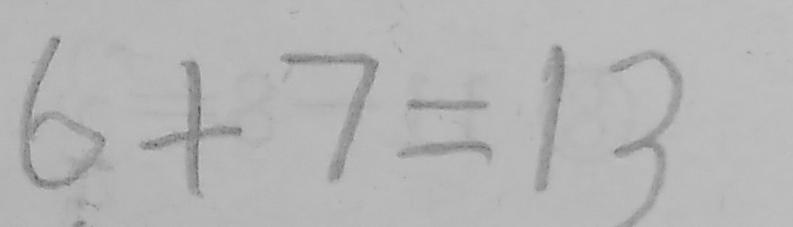
6 + 7 = 1 3